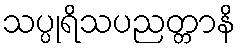
သပ္ပုရိသပညတ္တာနိ